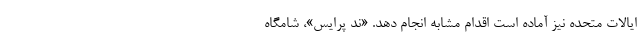
ایالات متحده نیز آماده است اقدام مشابه انجام دهد. «ند پرایس»، شامگاه